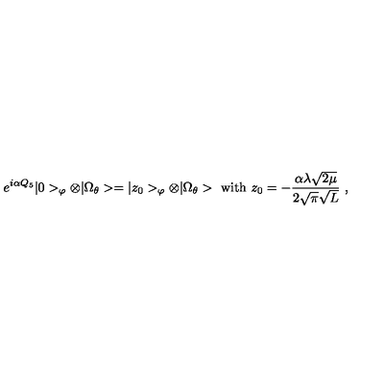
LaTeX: e ^ { i \alpha Q _ { 5 } } | 0 > _ { \varphi } \otimes | \Omega _ { \theta } > = | z _ { 0 } > _ { \varphi } \otimes | \Omega _ { \theta } > \ \mathrm { w i t h } \ z _ { 0 } = - \frac { \alpha \lambda \sqrt { 2 \mu } } { 2 \sqrt { \pi } \sqrt { L } } \ ,